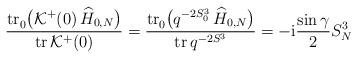
LaTeX: \begin{align*} \frac{ {\rm tr}{\vphantom|}_0 \bigl( {\cal K}^+ (0) \, \widehat{H}_{0,N} \bigr) }{ {\rm tr}\, {\cal K}^+ (0) } = \frac{ {\rm tr}{\vphantom|}_0 \bigl( q^{-2 S_0^3} \, \widehat{H}_{0,N} \bigr) }{ {\rm tr}\, q^{-2 S^3} } = - {\rm i} \frac{\sin\gamma}{2} S_N^3\end{align*}